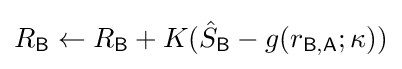
R_{\mathsf {B}}\leftarrow R_{\mathsf {B}}+K({\hat {S}}_{\mathsf {B}}-g(r_{\mathsf {B,A}};\kappa ))